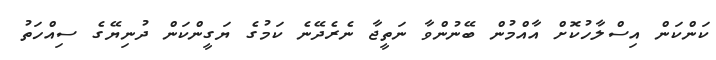
ކަންކަން އިސްލާހުކޮށް އާއްމުން ބޭނުންވާ ނަތީޖާ ނެރެދޭނެ ކަމުގެ ޔަގީންކަން ދުނިޔޭގެ ސިއްހަތު